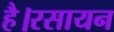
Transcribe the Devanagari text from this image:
है।रसायन